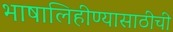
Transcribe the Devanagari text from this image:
भाषालिहीण्यासाठीची